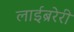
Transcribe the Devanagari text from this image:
लाईब्ररेरी